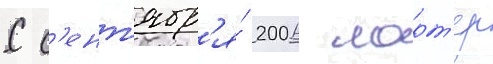
С с'ент'ябр'я́ 2006 ларт'ер